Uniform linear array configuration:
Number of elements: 48
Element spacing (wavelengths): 0.25
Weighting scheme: exponential
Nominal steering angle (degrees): -60
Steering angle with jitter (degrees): -60.303
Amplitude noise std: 0.05
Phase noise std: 0.05

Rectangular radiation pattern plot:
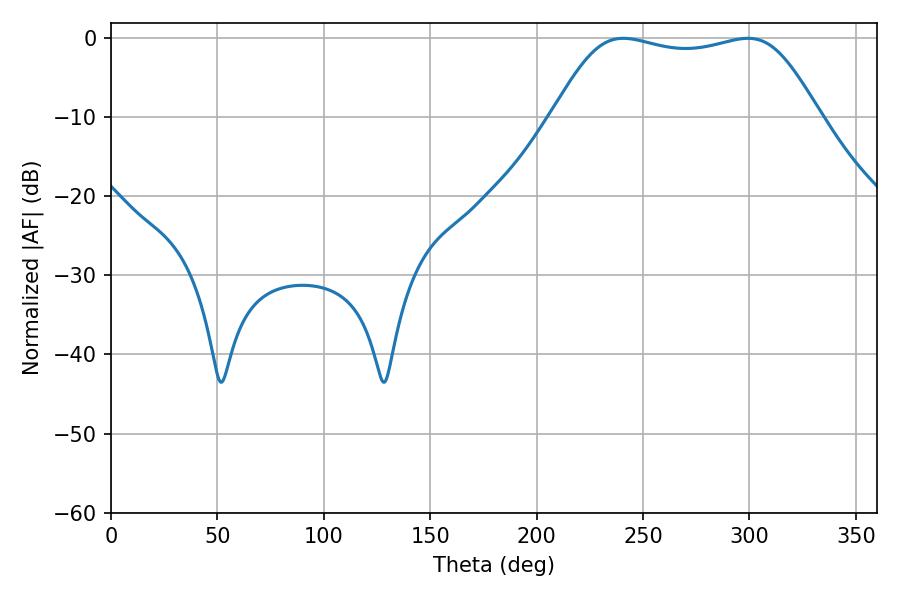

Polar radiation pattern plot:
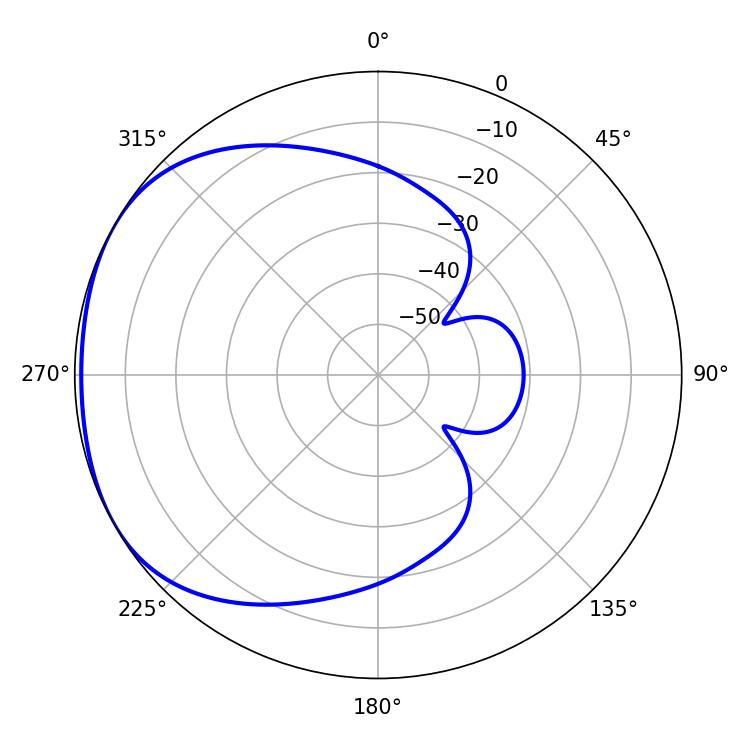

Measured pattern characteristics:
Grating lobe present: FALSE
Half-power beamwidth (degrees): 95.76
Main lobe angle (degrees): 240.66